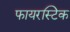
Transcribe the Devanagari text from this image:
फायरस्टिक